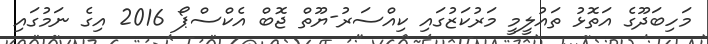
މަހިބަދޫގެ އަތޮޅު ތައުލީމީ މަރުކަޒުގައި ކިއްސަރު-ޔޫތް ޖޮބް އެކްސްޕޯ 2016 އިގެ ނަމުގައި